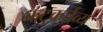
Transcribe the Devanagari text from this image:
कटुकर्तव्य